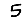
Digit: 5